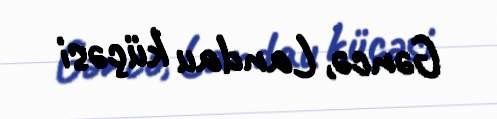
Gəncə, Landau küçəsi